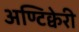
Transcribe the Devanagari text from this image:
अण्टिक्वेरी